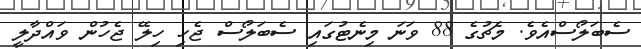
ސެބަލޯސްއެވެ. މެޗުގެ 88 ވަނަ މިނެޓުގައި ސެބަލޯސް ޖެހި ހިލޭ ޖެހުން ވައްދާލީ